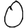
Digit: 0